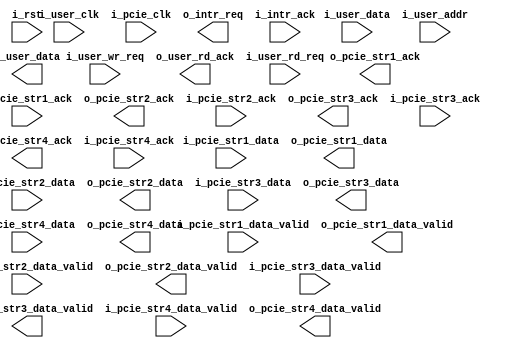
//--------------------------------------------------------------------------------
// Project    : SWITCH
// Version    : 0.1
//
// Description: A dummy user logic for testing purpose
//--------------------------------------------------------------------------------

module user_logic_top(
    input              i_user_clk,
	 input              i_pcie_clk,
    input              i_rst,
    //reg i/f 
    input    [31:0]    i_user_data,
    input    [19:0]    i_user_addr,
    input              i_user_wr_req,
    output  [31:0]     o_user_data,
    output             o_user_rd_ack,
    input              i_user_rd_req, 
    //stream i/f 1
    input              i_pcie_str1_data_valid,
    output             o_pcie_str1_ack,
    input    [63:0]    i_pcie_str1_data,
    output             o_pcie_str1_data_valid,
    input              i_pcie_str1_ack,
    output   [63:0]    o_pcie_str1_data,
    //stream i/f 2       
    input              i_pcie_str2_data_valid,
    output             o_pcie_str2_ack,
    input    [63:0]    i_pcie_str2_data,
    output             o_pcie_str2_data_valid,
    input              i_pcie_str2_ack,
    output   [63:0]    o_pcie_str2_data,
    //stream i/f 3
    input              i_pcie_str3_data_valid,
    output             o_pcie_str3_ack,
    input    [63:0]    i_pcie_str3_data,
    output             o_pcie_str3_data_valid,
    input              i_pcie_str3_ack,
    output   [63:0]    o_pcie_str3_data,
    //stream i/f 4
    input              i_pcie_str4_data_valid,
    output             o_pcie_str4_ack,
    input    [63:0]    i_pcie_str4_data,
    output             o_pcie_str4_data_valid,
    input              i_pcie_str4_ack,
    output   [63:0]    o_pcie_str4_data,
    //interrupt if
    output             o_intr_req,
    input              i_intr_ack
);

endmodule